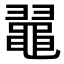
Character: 𪓥